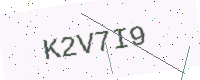
Text: K2V7I9